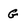
Character: g